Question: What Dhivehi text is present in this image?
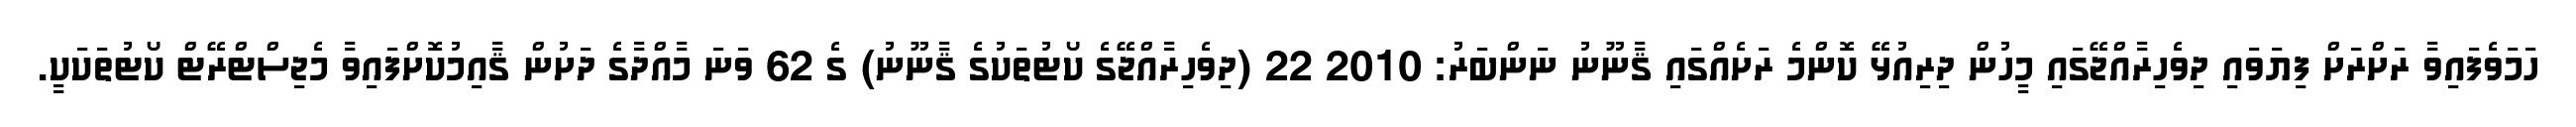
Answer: ހަމަވެފައިވާ ރަށްރަށް ފިޔަވައި ދިވެހިރާއްޖޭގައި މީހުން ދިރިއުޅޭ ކޮންމެ ރަށެއްގައި ޤާނޫނު ނަންބަރު: 2010 22 (ދިވެހިރާއްޖޭގެ ކޯޓުތަކުގެ ޤާނޫނު) ގެ 62 ވަނަ މާއްދާގެ ދަށުން ޤާއިމުކޮށްފައިވާ މެޖިސްޓްރޭޓް ކޯޓުތަކަކީ.